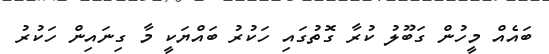
ބައެއް މީހުން ގަބޫލު ކުރާ ގޮތުގައި ހަކުރު ބައްޔަކީ މާ ގިނައިން ހަކުރު